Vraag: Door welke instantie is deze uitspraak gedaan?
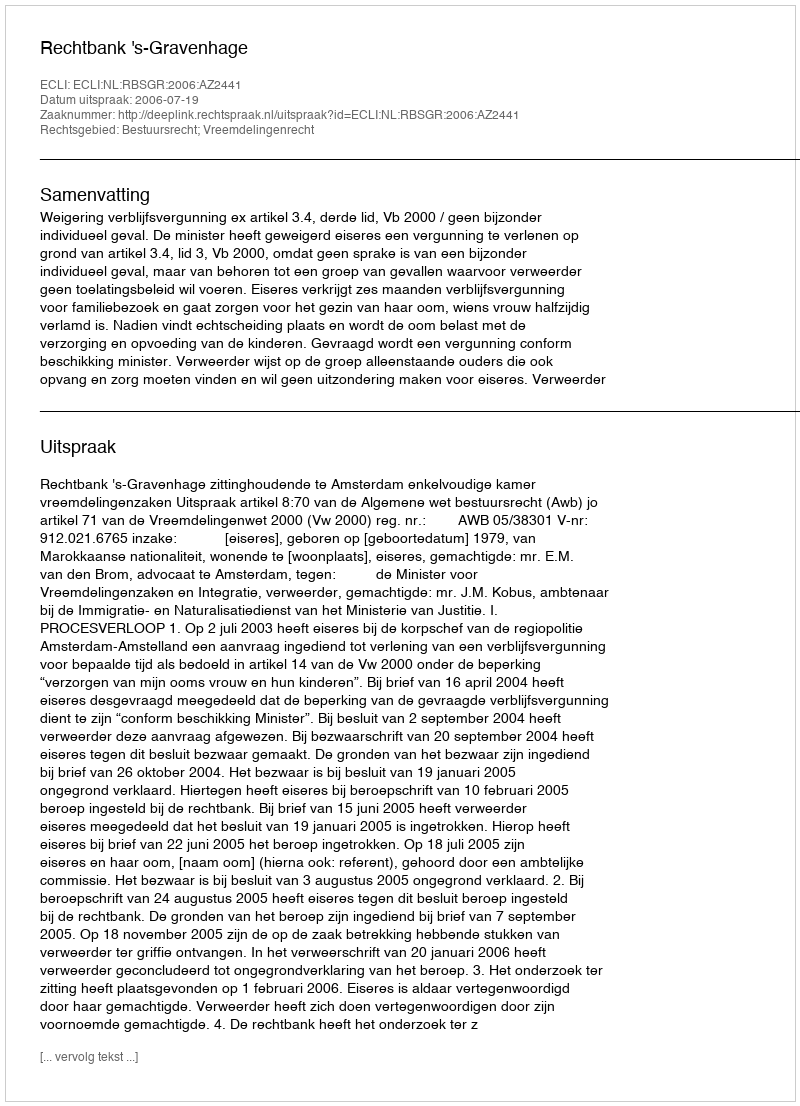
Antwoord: Rechtbank 's-Gravenhage